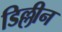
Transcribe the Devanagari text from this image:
डिल्लीन